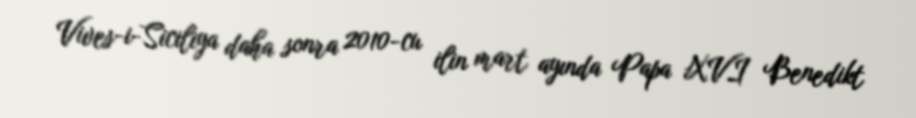
Vives-i-Siciliya daha sonra 2010-cu ilin mart ayında Papa XVI Benedikt